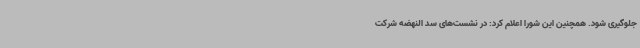
جلوگیری شود. همچنین این شورا اعلام کرد: در نشست‌های سد النهضه شرکت